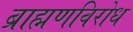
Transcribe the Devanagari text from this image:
ब्राह्मणविरोध